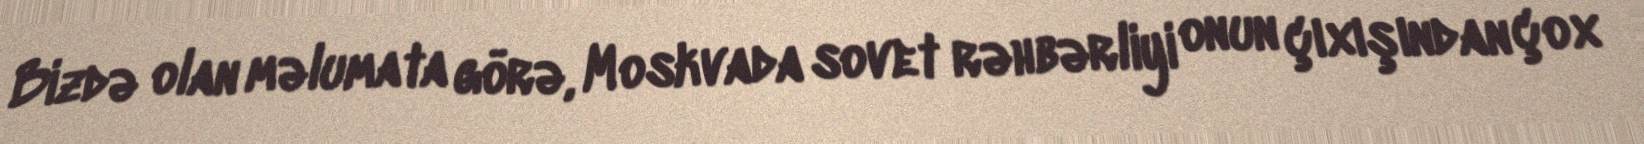
Bizdə olan məlumata görə, Moskvada sovet rəhbərliyi onun çıxışından çox